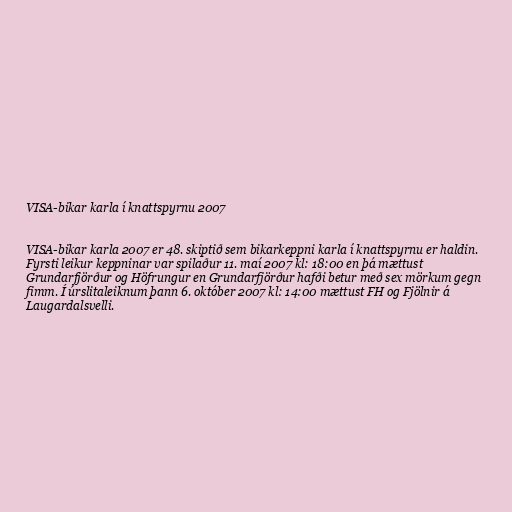
VISA-bikar karla í knattspyrnu 2007

VISA-bikar karla 2007 er 48. skiptið sem bikarkeppni karla í knattspyrnu er haldin.
Fyrsti leikur keppninar var spilaður 11. maí 2007 kl: 18:00 en þá mættust
Grundarfjörður og Höfrungur en Grundarfjörður hafði betur með sex mörkum gegn
fimm. Í úrslitaleiknum þann 6. október 2007 kl: 14:00 mættust FH og Fjölnir á
Laugardalsvelli.